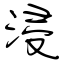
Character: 浸